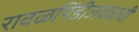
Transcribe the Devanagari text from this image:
रावळपिंडीजवळची